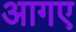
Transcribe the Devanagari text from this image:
आगए